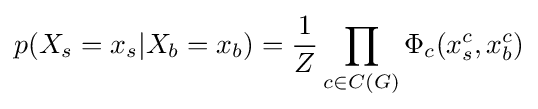
p(X_{s}=x_{s}|X_{b}=x_{b})={\frac {1}{Z}}\prod _{c\in C(G)}\Phi _{c}(x_{s}^{c},x_{b}^{c})